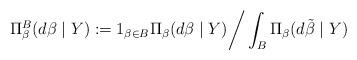
LaTeX: \begin{align*}\Pi_{\beta}^{B}(d\beta\mid Y) := 1_{\beta\in B}\Pi_{\beta}(d\beta\mid Y) \bigg{/} \int_{B}\Pi_{\beta}(d\tilde{\beta}\mid Y)\end{align*}